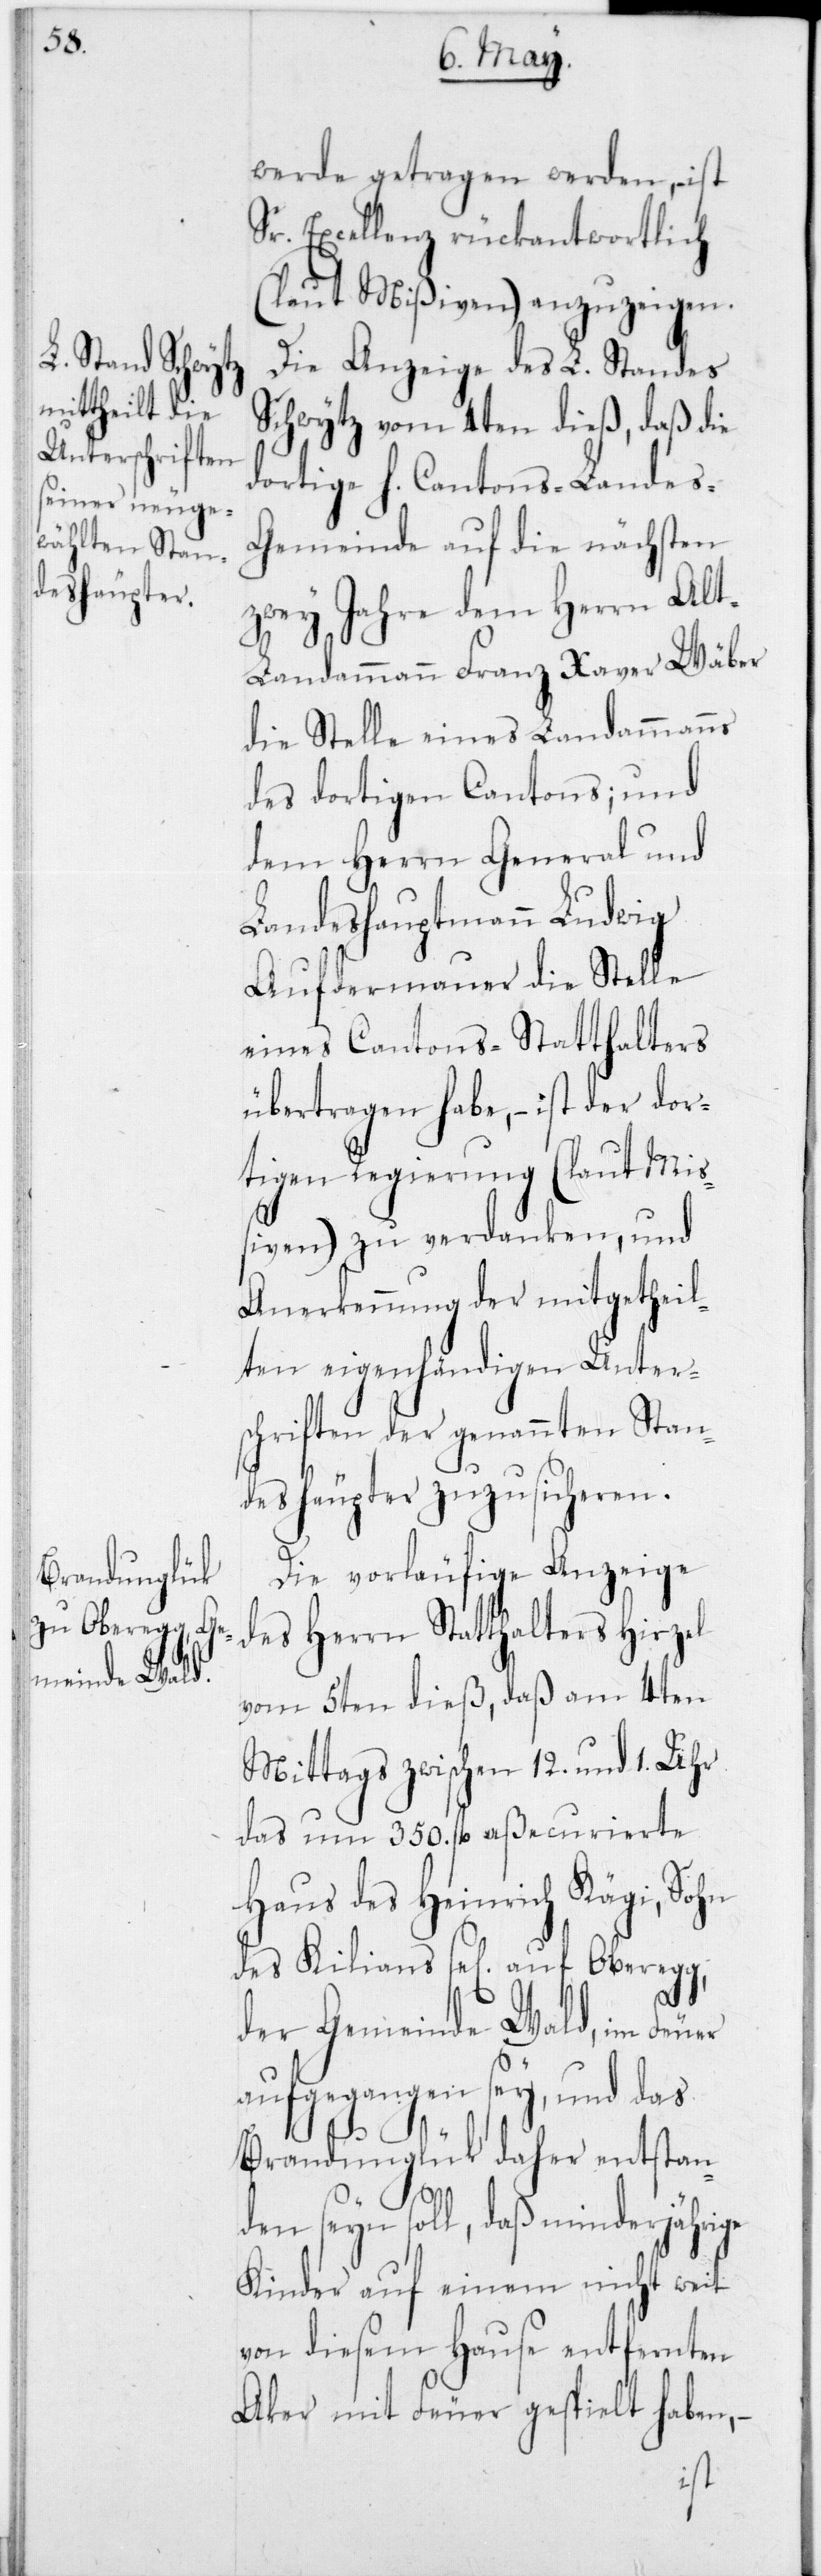
werde getragen werden, ist
Sr. Excellenz rückantwortlich
(laut Mißiven) anzuzeigen.
Die Anzeige des L. Standes
Schwytz vom 4ten dieß, daß die
dortige H. Cantons-Landes-G¬
emeinde auf die nächsten
zwey Jahre dem Herrn Al¬
t-Landammann Franz Xaver Wäber
die Stelle eines Landammanns
des dortigen Cantons; und
dem Herrn General und
Landeshauptmann Ludwig
Aufdermauer die Stelle
eines Cantons-Statthalters
übertragen habe, – ist der dor¬
tigen Regierung (laut Mi¬
ßiven) zu verdanken, und
Anerkennung der mitgetheil¬
ten eigenhändigen Unter¬
schriften der genannten Stan¬
deshäupter zuzusicheren.
Die vorläufige Anzeige
des Herrn Statthalters Hirzel
vom 5ten dieß, daß am 4ten
Mittags zwischen 12 und 1 Uhr
das um 350 fl. aßecurierte
Haus des Heinrich Kägi, Sohn
des Kilians sel. auf Oberegg,
der Gemeinde Wald, im Feuer
aufgegangen sey, und das
Brandunglück daher entstand¬
en seyn soll, daß minderjähr¬
Kinder auf einem nicht weit
von diesem Hause entfernten
Aker mit Feuer gespielt haben, –
ige